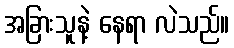
အခြားသူနဲ့ နေရာ လဲသည်။